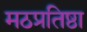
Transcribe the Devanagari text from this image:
मठप्रतिष्ठा